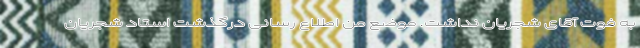
به فوت آقای شجریان نداشت. موضع من اطلاع رسانی درگذشت استاد شجریان